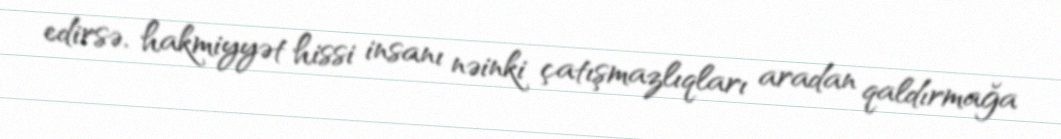
edirsə, hakmiyyət hissi insanı nəinki çatışmazlıqları aradan qaldırmağa